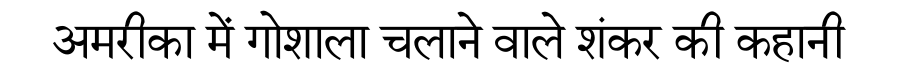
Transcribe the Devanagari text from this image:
अमरीका में गोशाला चलाने वाले शंकर की कहानी